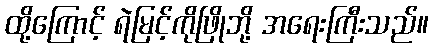
ထို့ကြောင့် ရဲမြင့်ကိုဖြိုဘို့ အရေးကြီးသည်။